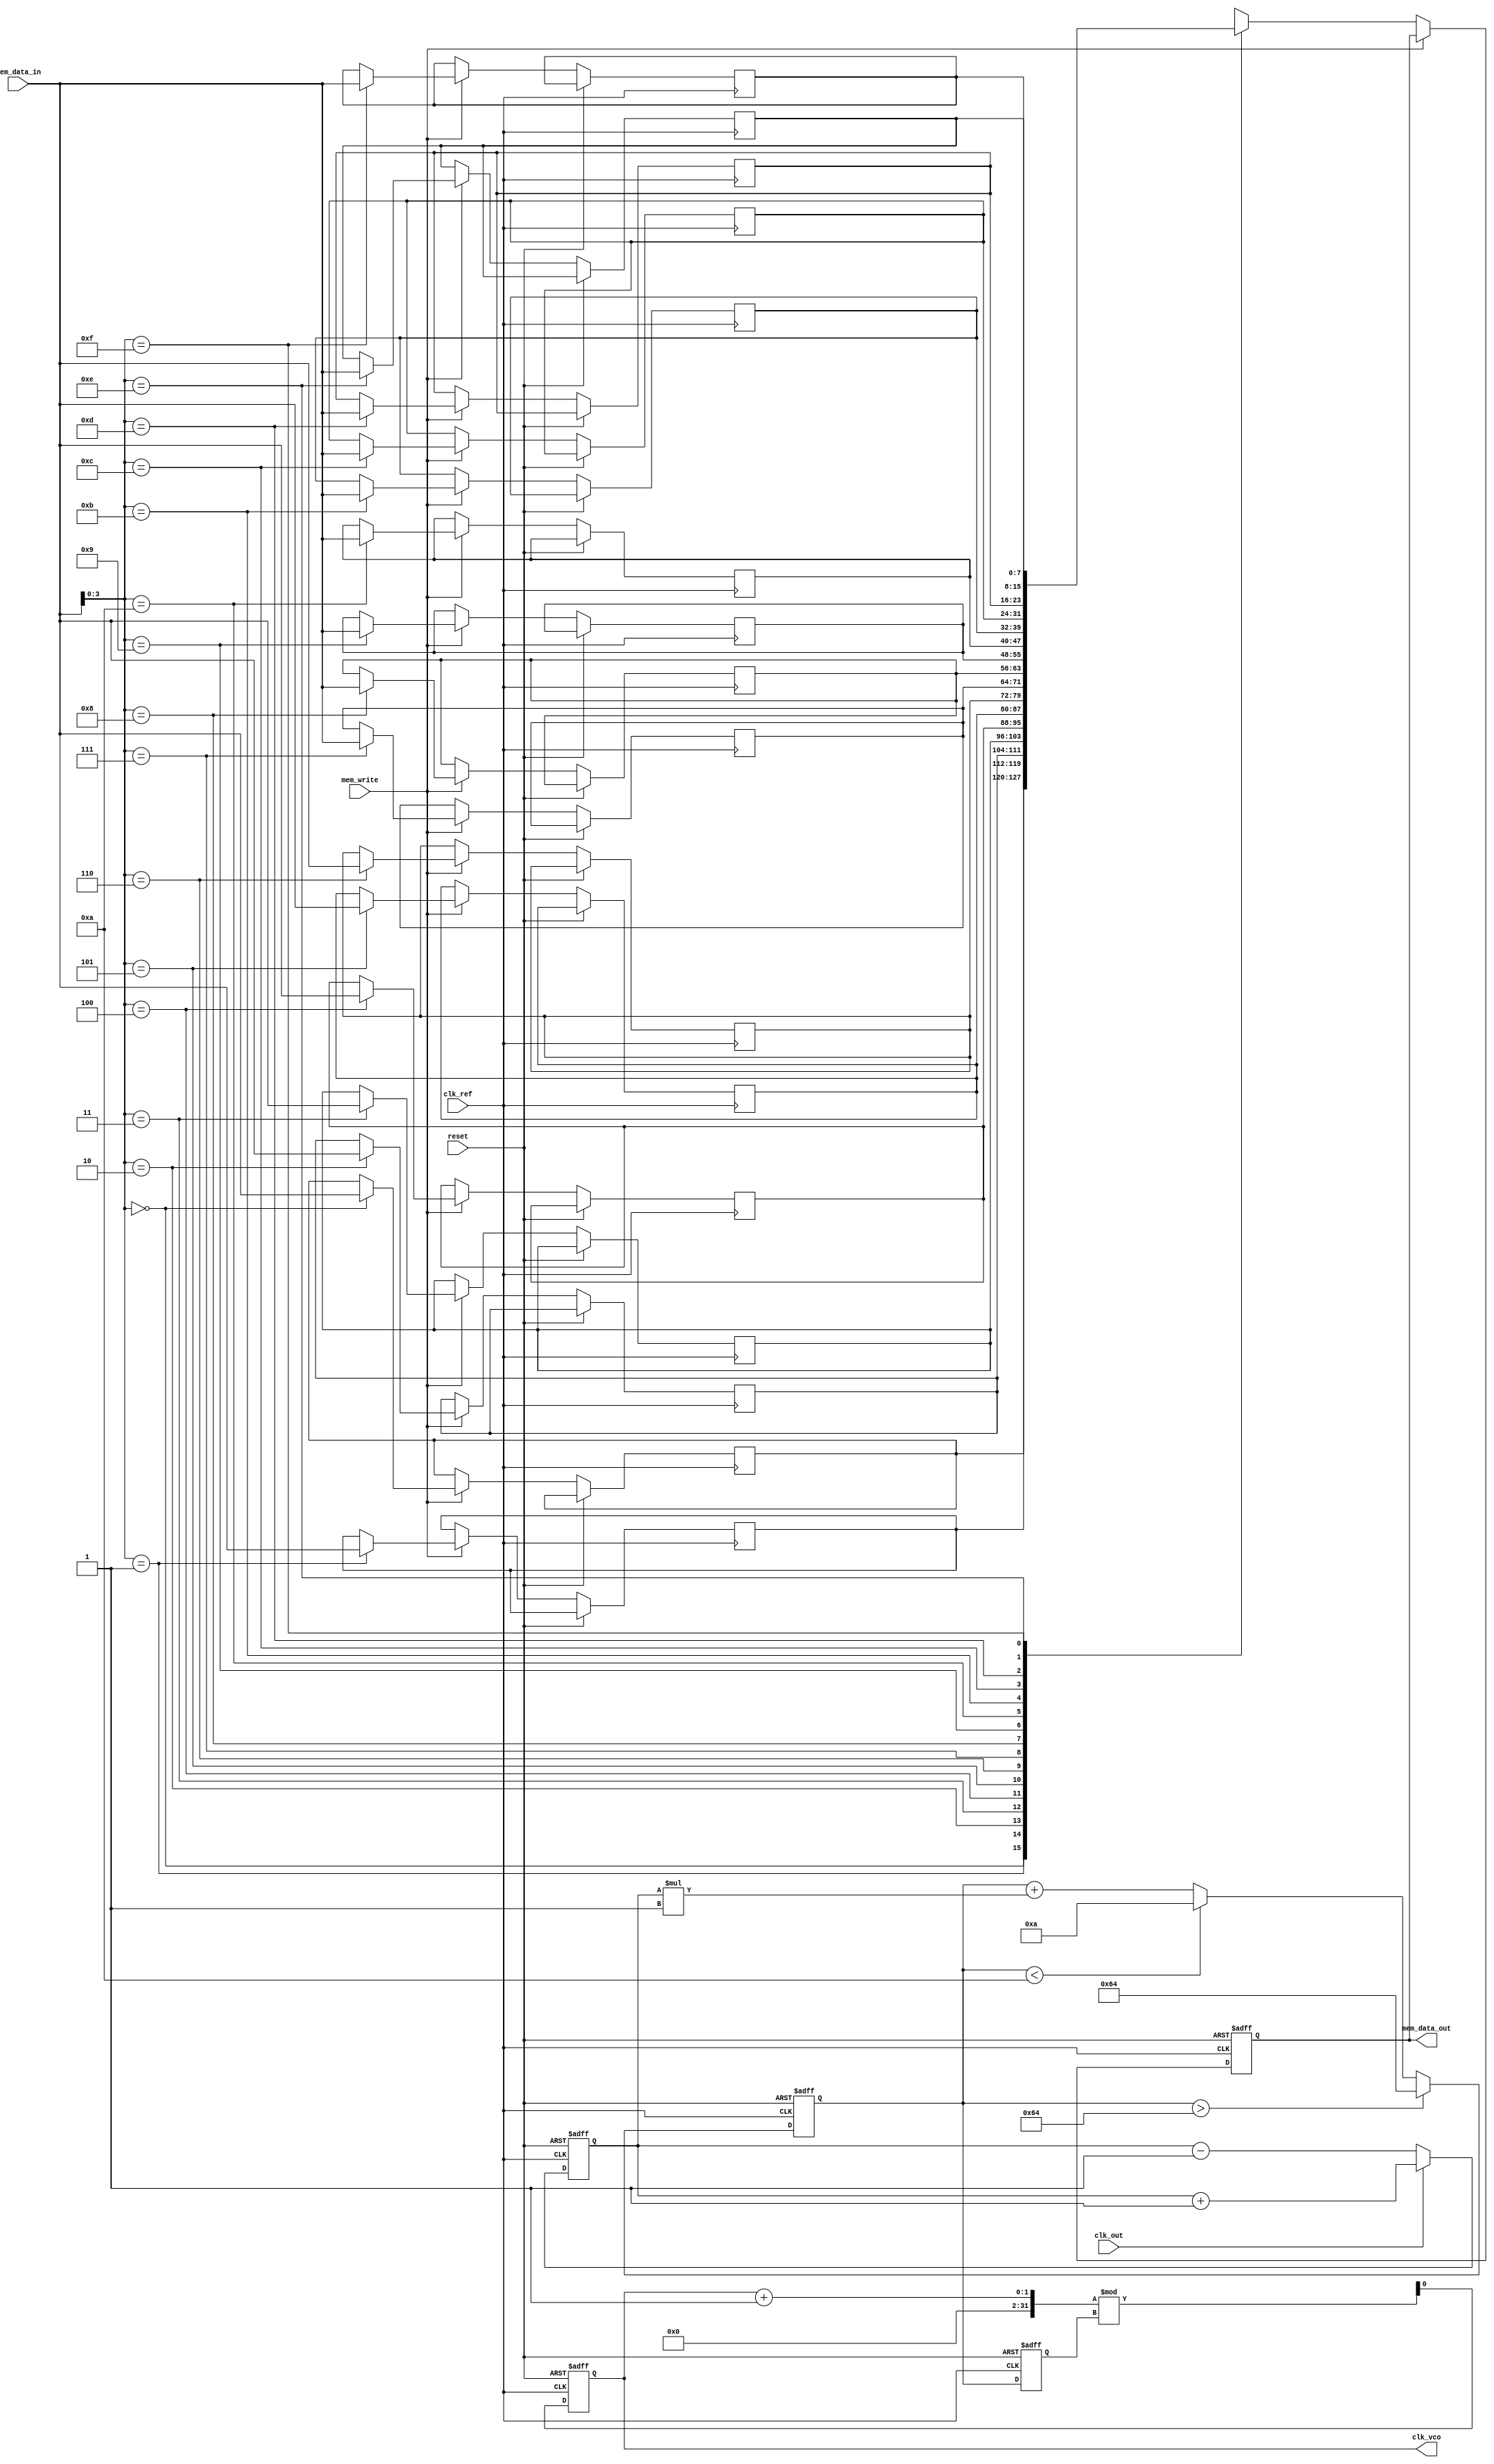
module memory_blocks_linear_pll (
    input wire clk_ref,           // Reference clock input
    input wire clk_out,           // Output clock input (for phase comparison)
    input wire reset,             // Reset signal
    input wire [7:0] mem_data_in, // Data input for memory blocks
    input wire mem_write,         // Memory write enable
    output reg clk_vco,           // VCO output clock
    output reg [7:0] mem_data_out  // Data output from memory blocks
);

    // Parameters
    parameter VCO_MAX_FREQ = 100; // Maximum frequency for VCO
    parameter VCO_MIN_FREQ = 10;   // Minimum frequency for VCO
    parameter LOOP_FILTER_GAIN = 1; // Gain for loop filter

    // Internal signals
    reg [7:0] phase_error;         // Phase error signal
    reg [7:0] control_voltage;      // Control voltage for VCO
    reg [7:0] vco_frequency;        // Current frequency of VCO
    reg [7:0] memory [0:15];        // Memory blocks for configuration

    // Phase Detector (PD)
    always @(posedge clk_ref or posedge reset) begin
        if (reset) begin
            phase_error <= 0;
        end else begin
            // Simple phase comparison logic
            if (clk_out) begin
                phase_error <= phase_error + 1; // Increment if clk_out is high
            end else begin
                phase_error <= phase_error - 1; // Decrement if clk_out is low
            end
        end
    end

    // Loop Filter (LF)
    always @(posedge clk_ref or posedge reset) begin
        if (reset) begin
            control_voltage <= 0;
        end else begin
            control_voltage <= control_voltage + (phase_error * LOOP_FILTER_GAIN);
            // Clamp control voltage to VCO frequency limits
            if (control_voltage > VCO_MAX_FREQ) begin
                control_voltage <= VCO_MAX_FREQ;
            end else if (control_voltage < VCO_MIN_FREQ) begin
                control_voltage <= VCO_MIN_FREQ;
            end
        end
    end

    // Voltage-Controlled Oscillator (VCO)
    always @(posedge clk_ref or posedge reset) begin
        if (reset) begin
            vco_frequency <= VCO_MIN_FREQ;
            clk_vco <= 0;
        end else begin
            // Adjust VCO frequency based on control voltage
            vco_frequency <= control_voltage;
            // Generate output clock based on VCO frequency
            clk_vco <= (clk_vco + 1) % vco_frequency; // Simple clock generation
        end
    end

    // Memory Blocks
    always @(posedge clk_ref or posedge reset) begin
        if (reset) begin
            mem_data_out <= 0;
        end else if (mem_write) begin
            memory[mem_data_in[3:0]] <= mem_data_in; // Write to memory
        end else begin
            mem_data_out <= memory[mem_data_in[3:0]]; // Read from memory
        end
    end

endmodule